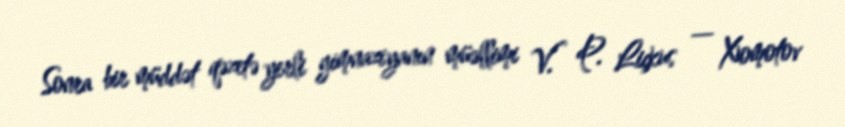
Sonra bir müddət qəzetə yerli gimnaziyanın müəllimi V. P. Liçkus — Xomotov